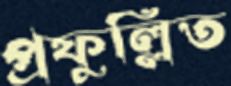
প্রফুল্লিত